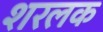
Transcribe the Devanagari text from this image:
शरलक